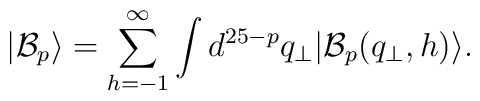
|\mathcal{B}_p \rangle = \sum_{h=-1}^{\infty} \int d^{25-p}q_{\bot}   |\mathcal{B}_p(q_{\bot},h)\rangle.